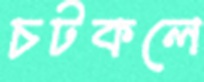
চটকলে